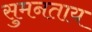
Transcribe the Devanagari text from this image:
सुमनताय